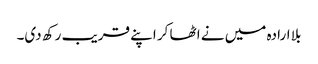
بلا ارادہ میں نے اٹھا کر اپنے قریب رکھ دی۔